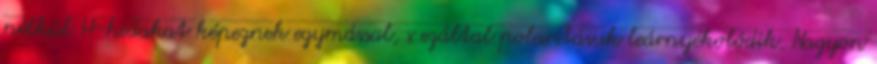
nélkül H-hidakat képeznek egymással, s ezáltal polaritásuk leárnyékolódik. Nagyon